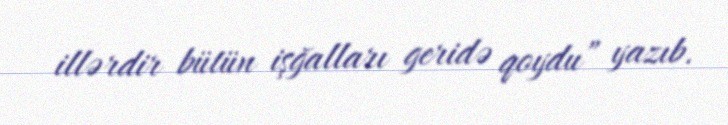
illərdir bütün işğalları geridə qoydu” yazıb.